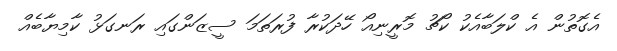
އެގޮތުން އެ ކްލަބާއެކު ކޯޗު މޮރީނިއޯ ހޭދަކުރާ ފުރަތަމަ ސީޒަންގައި ރަނގަޅު ކާމިޔާބެއް